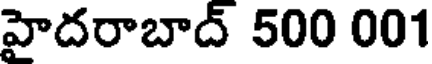
హైదరాబాద్ 500 001